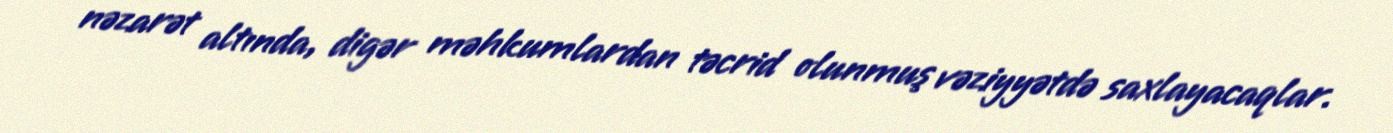
nəzarət altında, digər məhkumlardan təcrid olunmuş vəziyyətdə saxlayacaqlar.